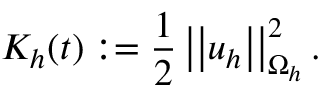
K _ { h } ( t ) : = \frac { 1 } { 2 } \left| \left| \boldsymbol { u } _ { h } \right| \right| _ { \Omega _ { h } } ^ { 2 } .